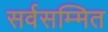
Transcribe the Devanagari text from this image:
सर्वसम्मित